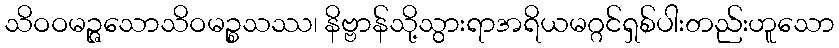
သိဝဝမဉ္ဇသောသိဝမဉ္စသဿ၊ နိဗ္ဗာန်သို့သွားရာအရိယမဂ္ဂင်ရှစ်ပါးတည်းဟူသော